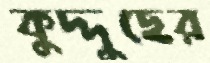
কুদ্দুছের